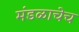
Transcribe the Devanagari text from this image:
मंडळाचेच